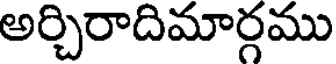
అర్చిరాదిమార్గము